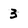
Character: 3